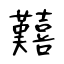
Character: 囏